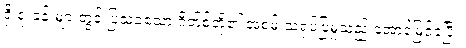
ရှိ ရုံးခန်းများတွင် ပြသခဲ့သော ဂိတ်စ်တို့၏ အစမ်းသရုပ်ပြမှုသည် အောင်မြင်ခဲ့ပြီး၊